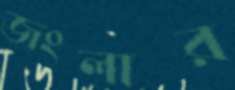
জংলার